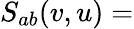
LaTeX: S_{ab}(v,u)=